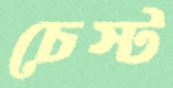
চেস্ট